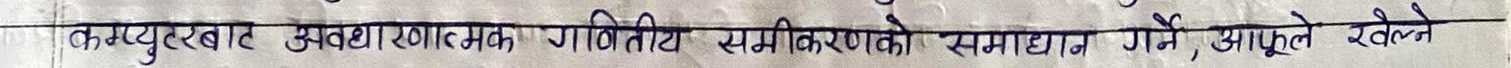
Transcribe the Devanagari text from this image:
कम्प्युटरबाट संख्यात्मक गणितीय समीकरणको समाधान गर्ने, आफूले रेख्ने